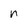
Character: n